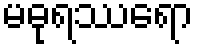
မဓုရဿရော